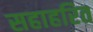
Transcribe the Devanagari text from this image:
सहाहरित